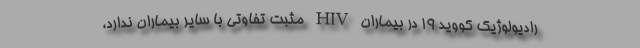
رادیولوژیک کووید ۱۹ در بیماران HIV مثبت تفاوتی با سایر بیماران ندارد،